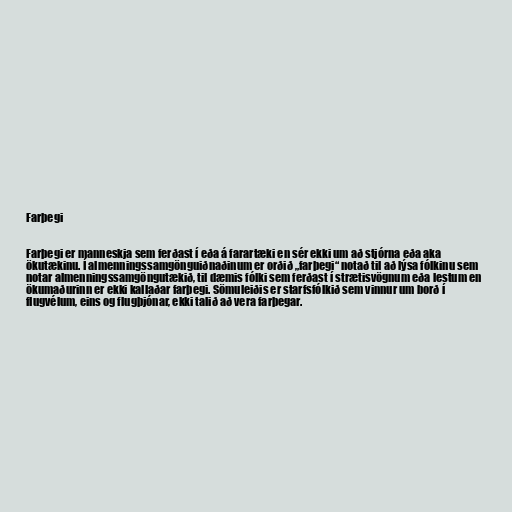
Farþegi

Farþegi er manneskja sem ferðast í eða á farartæki en sér ekki um að stjórna eða aka
ökutækinu. Í almenningssamgönguiðnaðinum er orðið „farþegi“ notað til að lýsa fólkinu sem
notar almenningssamgöngutækið, til dæmis fólki sem ferðast í strætisvögnum eða lestum en
ökumaðurinn er ekki kallaðar farþegi. Sömuleiðis er starfsfólkið sem vinnur um borð í
flugvélum, eins og flugþjónar, ekki talið að vera farþegar.